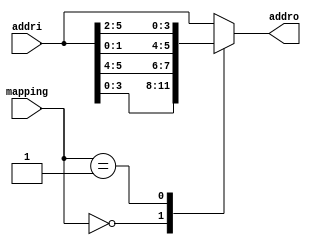
/*
 * From our research paper "High-Performance Hardware Implementation of CRYSTALS-Dilithium"
 * by Luke Beckwith, Duc Tri Nguyen, Kris Gaj
 * at George Mason University, USA
 * https://eprint.iacr.org/2021/1451.pdf
 * =============================================================================
 * Copyright (c) 2021 by Cryptographic Engineering Research Group (CERG)
 * ECE Department, George Mason University
 * Fairfax, VA, U.S.A.
 * Licensed under the Apache License, Version 2.0 (the "License");
 * you may not use this file except in compliance with the License.
 * You may obtain a copy of the License at
 *     http://www.apache.org/licenses/LICENSE-2.0
 * Unless required by applicable law or agreed to in writing, software
 * distributed under the License is distributed on an "AS IS" BASIS,
 * WITHOUT WARRANTIES OR CONDITIONS OF ANY KIND, either express or implied.
 * See the License for the specific language governing permissions and
 * limitations under the License.
 * =============================================================================
 * @author   Luke Beckwith <lbeckwit@gmu.edu>
 */


`timescale 1ns / 1ps

module address_resolver(
    input [1:0]      mapping,
    input [5:0]      addri,
    output reg [5:0] addro
    );
    
    localparam 
        DECODE_TRUE = 2'd0,
        ENCODE_TRUE = 2'd1,
        STANDARD    = 2'd2;
    
    always @(*) begin
        case(mapping)
        DECODE_TRUE: begin
            addro = {addri[3], addri[2], addri[1], addri[0], addri[5], addri[4]};
        end
        ENCODE_TRUE: begin
            addro = {addri[1], addri[0], addri[5], addri[4], addri[3], addri[2]};
        end
        STANDARD: begin
            addro = addri;
        end
        default: begin
            addro = addri;
        end
        endcase
    end
    
endmodule